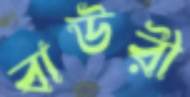
বাউরী